Madras plague regulations in force outside the Presidency town - Volume 5
Disease focus: Plague
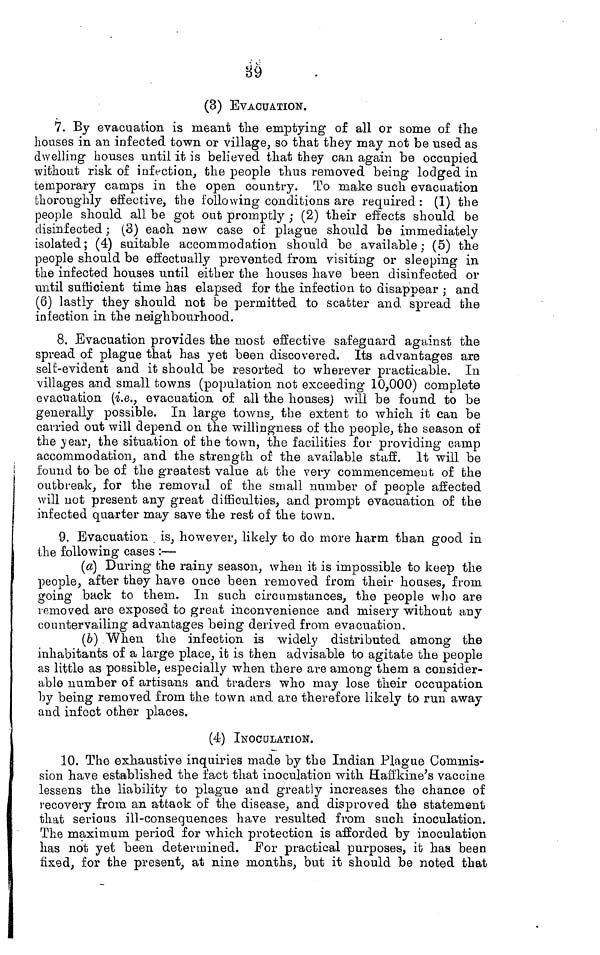
âé
(3) EVACUATION.
7. By evacuation is meant tlie emptying* of all or some of the
houses in an infected town or village, so that they may not be used as
dwelling houses until it is believed that they can again be occupied
without risk of inft-ction, the people thus removed being lodged in
temporary camps in the open country. To make such evacuation
thoroughly effective, the following conditions are required : (1) the
people should all be got out promptly ; (2) their effects should be
disinfected ; (3) each new case of plague should be immediately
isolated; (4) suitable accommodation should be available; (5) the
people should be effectually prevented from visiting or sleeping in
the infected houses until either the houses have been disinfected or
until sufficient time has elapsed for the infection to disappear ; and
(6) lastly they should not be permitted to scatter and spread the
infection in the neighbourhood.
8. Evacuation provides the most effective safeguard against the
spread of plague that has yet been discovered. Its advantages are
self-evident and it should be resorted to wherever practicable. In
villages and small towns (population not exceeding 10,000) complete
evacuation (i.e., evacuation of all the houses) will be found to be
generally possible. In large towns., the extent to which it can be
carried out will depend on the willingness of the people, the season of
the vear, the situation of the town, the facilities for providing camp
accommodation, and the strength of the available staff. It will be
found to be of the greatest value at the very commencement of the
outbreak, for the removal of the small number of people affected
will not present any great difficulties, and prompt evacuation of the
infected quarter may save the rest of the town.
9. Evacuation is, however, likely to do more harm than good in
the following cases :—
(«) During the rainy season, when it is impossible to keep the
people, after they have once been removed from their houses, from
going back to them. In. such circumstances, the people who are
removed are exposed to great inconvenience and misery without any
countervailing advantages being derived from evacuation.
(6) "When the infection is widely distributed among the
inhabitants of a large place, ifc is then advisable to agitate the people
as little as possible, especially when there are among them a consider-
able number of artisans and traders who may lose their occupation
by being removed from the town and are therefore likely to run away
and infect other places.
(4) INOCULATION.
10. The exhaustive inquiries made by the Indian Plague Commis-
sion have established the fact that inoculation with Kaffkine's vaccine
lessens the liability to plague and greatly increases the chance of
recovery from an attack of the disease, and disproved the statement
that serious ill-consequences have resulted from such inoculation.
The maximum period for which protection is afforded by inoculation
has not yet been determined. For practical purposes, it has been
fixed, for the present, at nine months, but it should be noted that